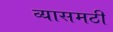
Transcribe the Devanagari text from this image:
व्यासमठी